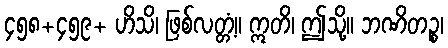
၄၅၈+၄၅၉+ ဟိသိ၊ ဖြစ်လတ္တံ့။ ဣတိ၊ ဤသို့။ ဘဏိတဉ္စ၊